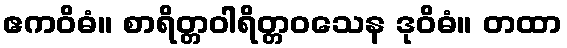
ဧကဝိဓံ။ စာရိတ္တဝါရိတ္တဝသေန ဒုဝိဓံ။ တထာ